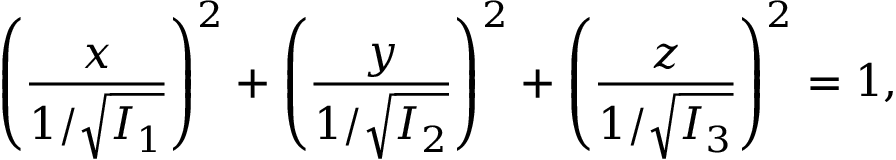
\left( { \frac { x } { 1 / { \sqrt { I _ { 1 } } } } } \right) ^ { 2 } + \left( { \frac { y } { 1 / { \sqrt { I _ { 2 } } } } } \right) ^ { 2 } + \left( { \frac { z } { 1 / { \sqrt { I _ { 3 } } } } } \right) ^ { 2 } = 1 ,